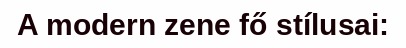
A modern zene fő stílusai: